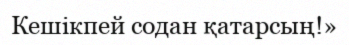
Кешікпей содан қатарсың!»